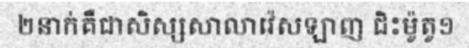
២នាក់គឺជាសិស្សសាលាវ៉េសឡាញ ជិះម៉ូតូ១